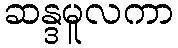
ဆန္ဒမူလကာ